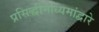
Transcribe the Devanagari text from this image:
प्रसिद्धीमाध्यमांद्वारे